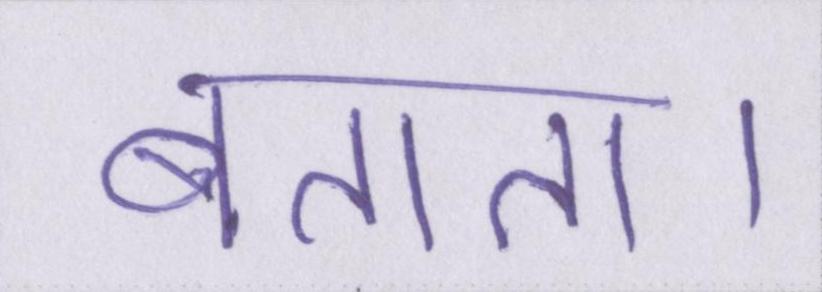
बताता।